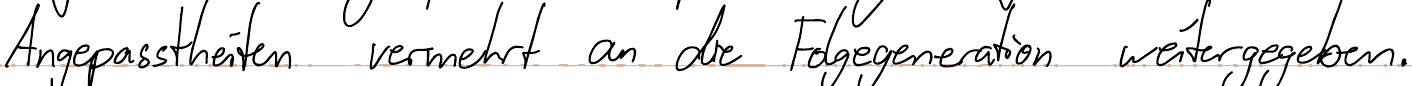
Angepasstheiten vermehrt an die Folgegeneration weitergegeben.